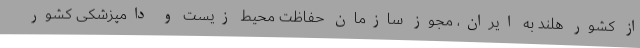
از کشور هلند به ایران، مجوز سازمان حفاظت محیط زیست و دامپزشکی کشور